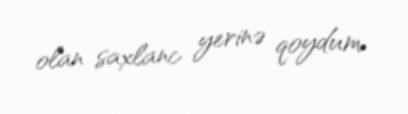
olan saxlanc yerinə qoydum.